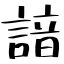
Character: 諳